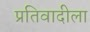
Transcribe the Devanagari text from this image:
प्रतिवादीला